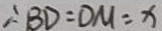
\therefore B D = D M = x